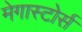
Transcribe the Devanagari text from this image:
मेगास्टोर्स